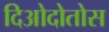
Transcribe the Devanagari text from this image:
दिओदोतोस